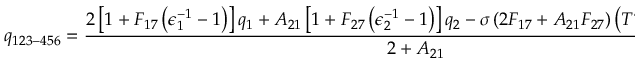
q _ { 1 2 3 - 4 5 6 } = \frac { 2 \left[ 1 + F _ { 1 7 } \left( \epsilon _ { 1 } ^ { - 1 } - 1 \right) \right] q _ { 1 } + A _ { 2 1 } \left[ 1 + F _ { 2 7 } \left( \epsilon _ { 2 } ^ { - 1 } - 1 \right) \right] q _ { 2 } - \sigma \left( 2 F _ { 1 7 } + A _ { 2 1 } F _ { 2 7 } \right) \left( T _ { \mathrm { ~ h ~ } } ^ { 4 } - T _ { \mathrm { ~ a ~ m ~ b ~ } } ^ { 4 } \right) } { 2 + A _ { 2 1 } } { . }